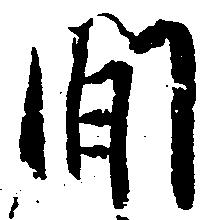
間